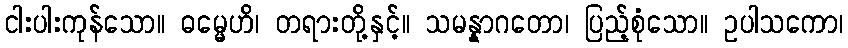
ငါးပါးကုန်သော။ ဓမ္မေဟိ၊ တရားတို့နှင့်။ သမန္နာဂတော၊ ပြည့်စုံသော။ ဥပါသကော၊